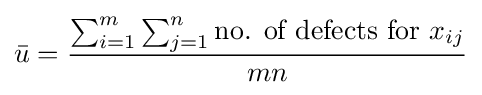
{\bar {u}}={\frac {\sum _{i=1}^{m}\sum _{j=1}^{n}{\mbox{no. of defects for }}x_{ij}}{mn}}